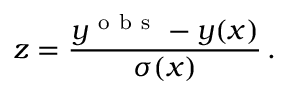
z = \frac { y ^ { \mathrm { ~ o ~ b ~ s ~ } } - y ( x ) } { \sigma ( x ) } \, .